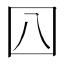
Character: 𡆦